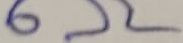
Text: 6Ω